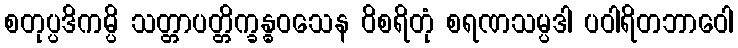
စတုပ္ပဒိကမ္ပိ သတ္တာပတ္တိက္ခန္ဓဝသေန ဝိစရိတုံ စရဏသမ္ပဒါ ပဝါရိတဘာဝေါ